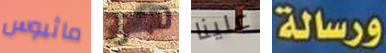
ماثيوس هو علينا ورسالة